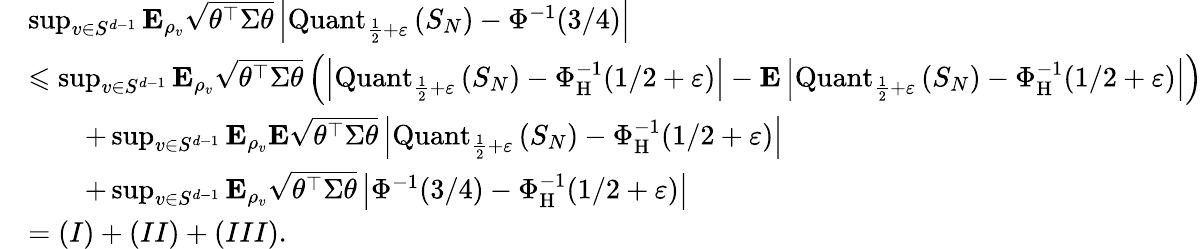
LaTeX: \begin{array}{rl}&{\operatorname*{sup}_{v\in S^{d-1}}{\mathbf E}_{\rho_{v}}\sqrt{\theta^{\top}\Sigma\theta}\left|\operatorname{Quant}_{\frac{1}{2}+\varepsilon}\left(S_{N}\right)-\Phi^{-1}(3/4)\right|}\\ &{\leqslant\operatorname*{sup}_{v\in S^{d-1}}{\mathbf E}_{\rho_{v}}\sqrt{\theta^{\top}\Sigma\theta}\left(\left|\operatorname{Quant}_{\frac{1}{2}+\varepsilon}\left(S_{N}\right)-\Phi_{\operatorname{H}}^{-1}(1/2+\varepsilon)\right|-{\mathbf E}\left|\operatorname{Quant}_{\frac{1}{2}+\varepsilon}\left(S_{N}\right)-\Phi_{\operatorname{H}}^{-1}(1/2+\varepsilon)\right|\right)}\\ &{\qquad+\operatorname*{sup}_{v\in S^{d-1}}{\mathbf E}_{\rho_{v}}{\mathbf E}\sqrt{\theta^{\top}\Sigma\theta}\left|\operatorname{Quant}_{\frac{1}{2}+\varepsilon}\left(S_{N}\right)-\Phi_{\operatorname{H}}^{-1}(1/2+\varepsilon)\right|}\\ &{\qquad+\operatorname*{sup}_{v\in S^{d-1}}{\mathbf E}_{\rho_{v}}\sqrt{\theta^{\top}\Sigma\theta}\left|\Phi^{-1}(3/4)-\Phi_{\operatorname{H}}^{-1}(1/2+\varepsilon)\right|}\\ &{=(I)+(II)+(III).}\end{array}